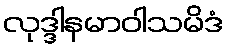
လုဒ္ဒါနမာဝါသမိဒံ